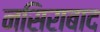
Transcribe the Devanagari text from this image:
नसिराबाद